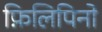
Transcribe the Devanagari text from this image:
फ़िलिपिनो